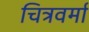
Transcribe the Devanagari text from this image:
चित्रवर्मा